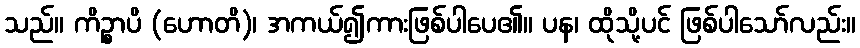
သည်။ ကိဉ္စာပိ (ဟောတိ)၊ အကယ်၍ကားဖြစ်ပါပေ၏။ ပန၊ ထိုသို့ပင် ဖြစ်ပါသော်လည်း။